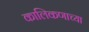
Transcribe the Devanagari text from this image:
कालिकणाच्या